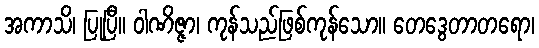
အကာသိ၊ ပြုပြီ။ ဝါဏိဇ္ဇာ၊ ကုန်သည်ဖြစ်ကုန်သော။ တေဒွေတာတရော၊